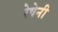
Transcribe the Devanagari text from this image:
रेषेनी